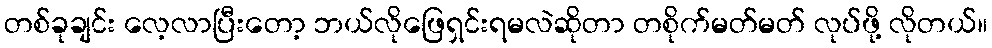
တစ်ခုချင်း လေ့လာပြီးတော့ ဘယ်လိုဖြေရှင်းရမလဲဆိုတာ တစိုက်မတ်မတ် လုပ်ဖို့ လိုတယ်။